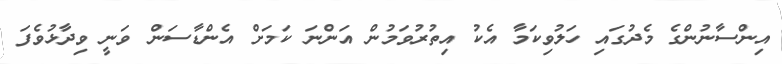
އިންސާނުންގެ މެދުގައި ހަލުވިކަމާ އެކު އިތުރުވަމުން އަންނަ ކަމަށް އެންޑާސަން ވަނީ ވިދާޅުވެފަ